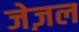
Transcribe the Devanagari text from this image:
जेज़ल